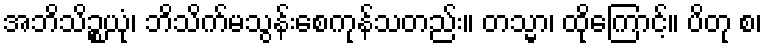
အဘိသိဉ္စယုံ၊ ဘိသိက်မသွန်းစေကုန်သတည်း။ တသ္မာ၊ ထိုကြောင့်။ ပိတု စ၊